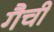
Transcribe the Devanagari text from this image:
गैची